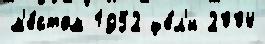
м'е́стом 1952 це́л'и 2004